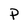
Character: P